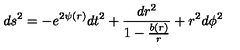
d s ^ { 2 } = - e ^ { 2 \psi ( r ) } d t ^ { 2 } + \frac { d r ^ { 2 } } { 1 - \frac { b ( r ) } { r } } + r ^ { 2 } d \phi ^ { 2 }